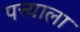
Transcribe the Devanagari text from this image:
पत्त्याला